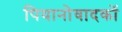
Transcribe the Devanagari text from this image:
पियानोवादकों